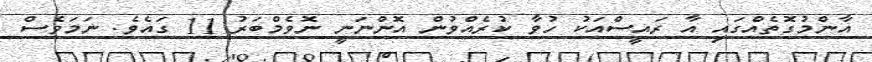
އާންމުގޮތެއްގައި އާ ރައީސްއަކު ހުވާ ކުރެއްވުން އޮންނަނީ ނޮވެމްބަރު 11 ގައެވެ. ނަމަވެސް